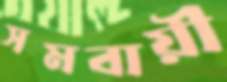
সমবায়ী